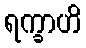
ရက္ခာဟိ